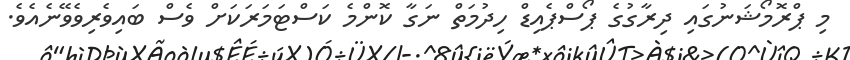
މި ޕްރޮމޯޝަނުގައި ދިރާގުގެ ޕޯސްޕެއިޑް ހިދުމަތް ނަގާ ކޮންމެ ކަސްޓަމަރަކަށް ވެސް ބައިވެރިވެވޭނެއެވެ.